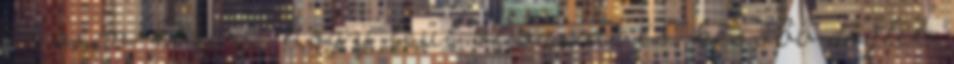
az sem kizárt, hogy leül olvasni és később döglik